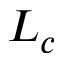
L _ { c }